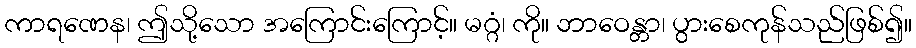
ကာရဏေန၊ ဤသို့သော အကြောင်းကြောင့်။ မဂ္ဂံ၊ ကို။ ဘာဝေန္တာ၊ ပွားစေကုန်သည်ဖြစ်၍။